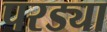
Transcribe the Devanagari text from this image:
परड्या